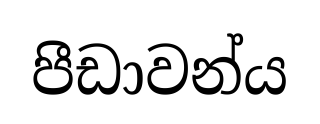
පීඩාවන්ය